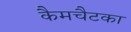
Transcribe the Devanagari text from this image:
कैमचैटका